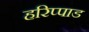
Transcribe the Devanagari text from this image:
हरिप्पाड